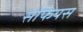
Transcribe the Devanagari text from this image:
सेफियस